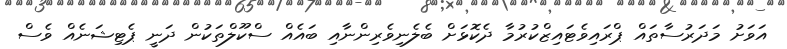
އަވަށު މަދަރުސާތައް ޕްރައިވެޓައިޒްކުރުމާ ދެކޮޅަށް ބެލެނިވެރިންނާއި ބައެއް ސްކޫލްތަކުން ދަނީ ޕެޓިޝަނެއް ވެސް